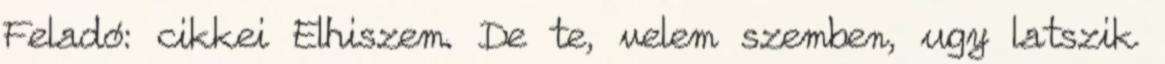
Feladó: cikkei Elhiszem. De te, velem szemben, ugy latszik